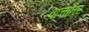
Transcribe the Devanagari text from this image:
वाचांतर